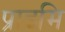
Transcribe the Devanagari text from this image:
प्राइमि